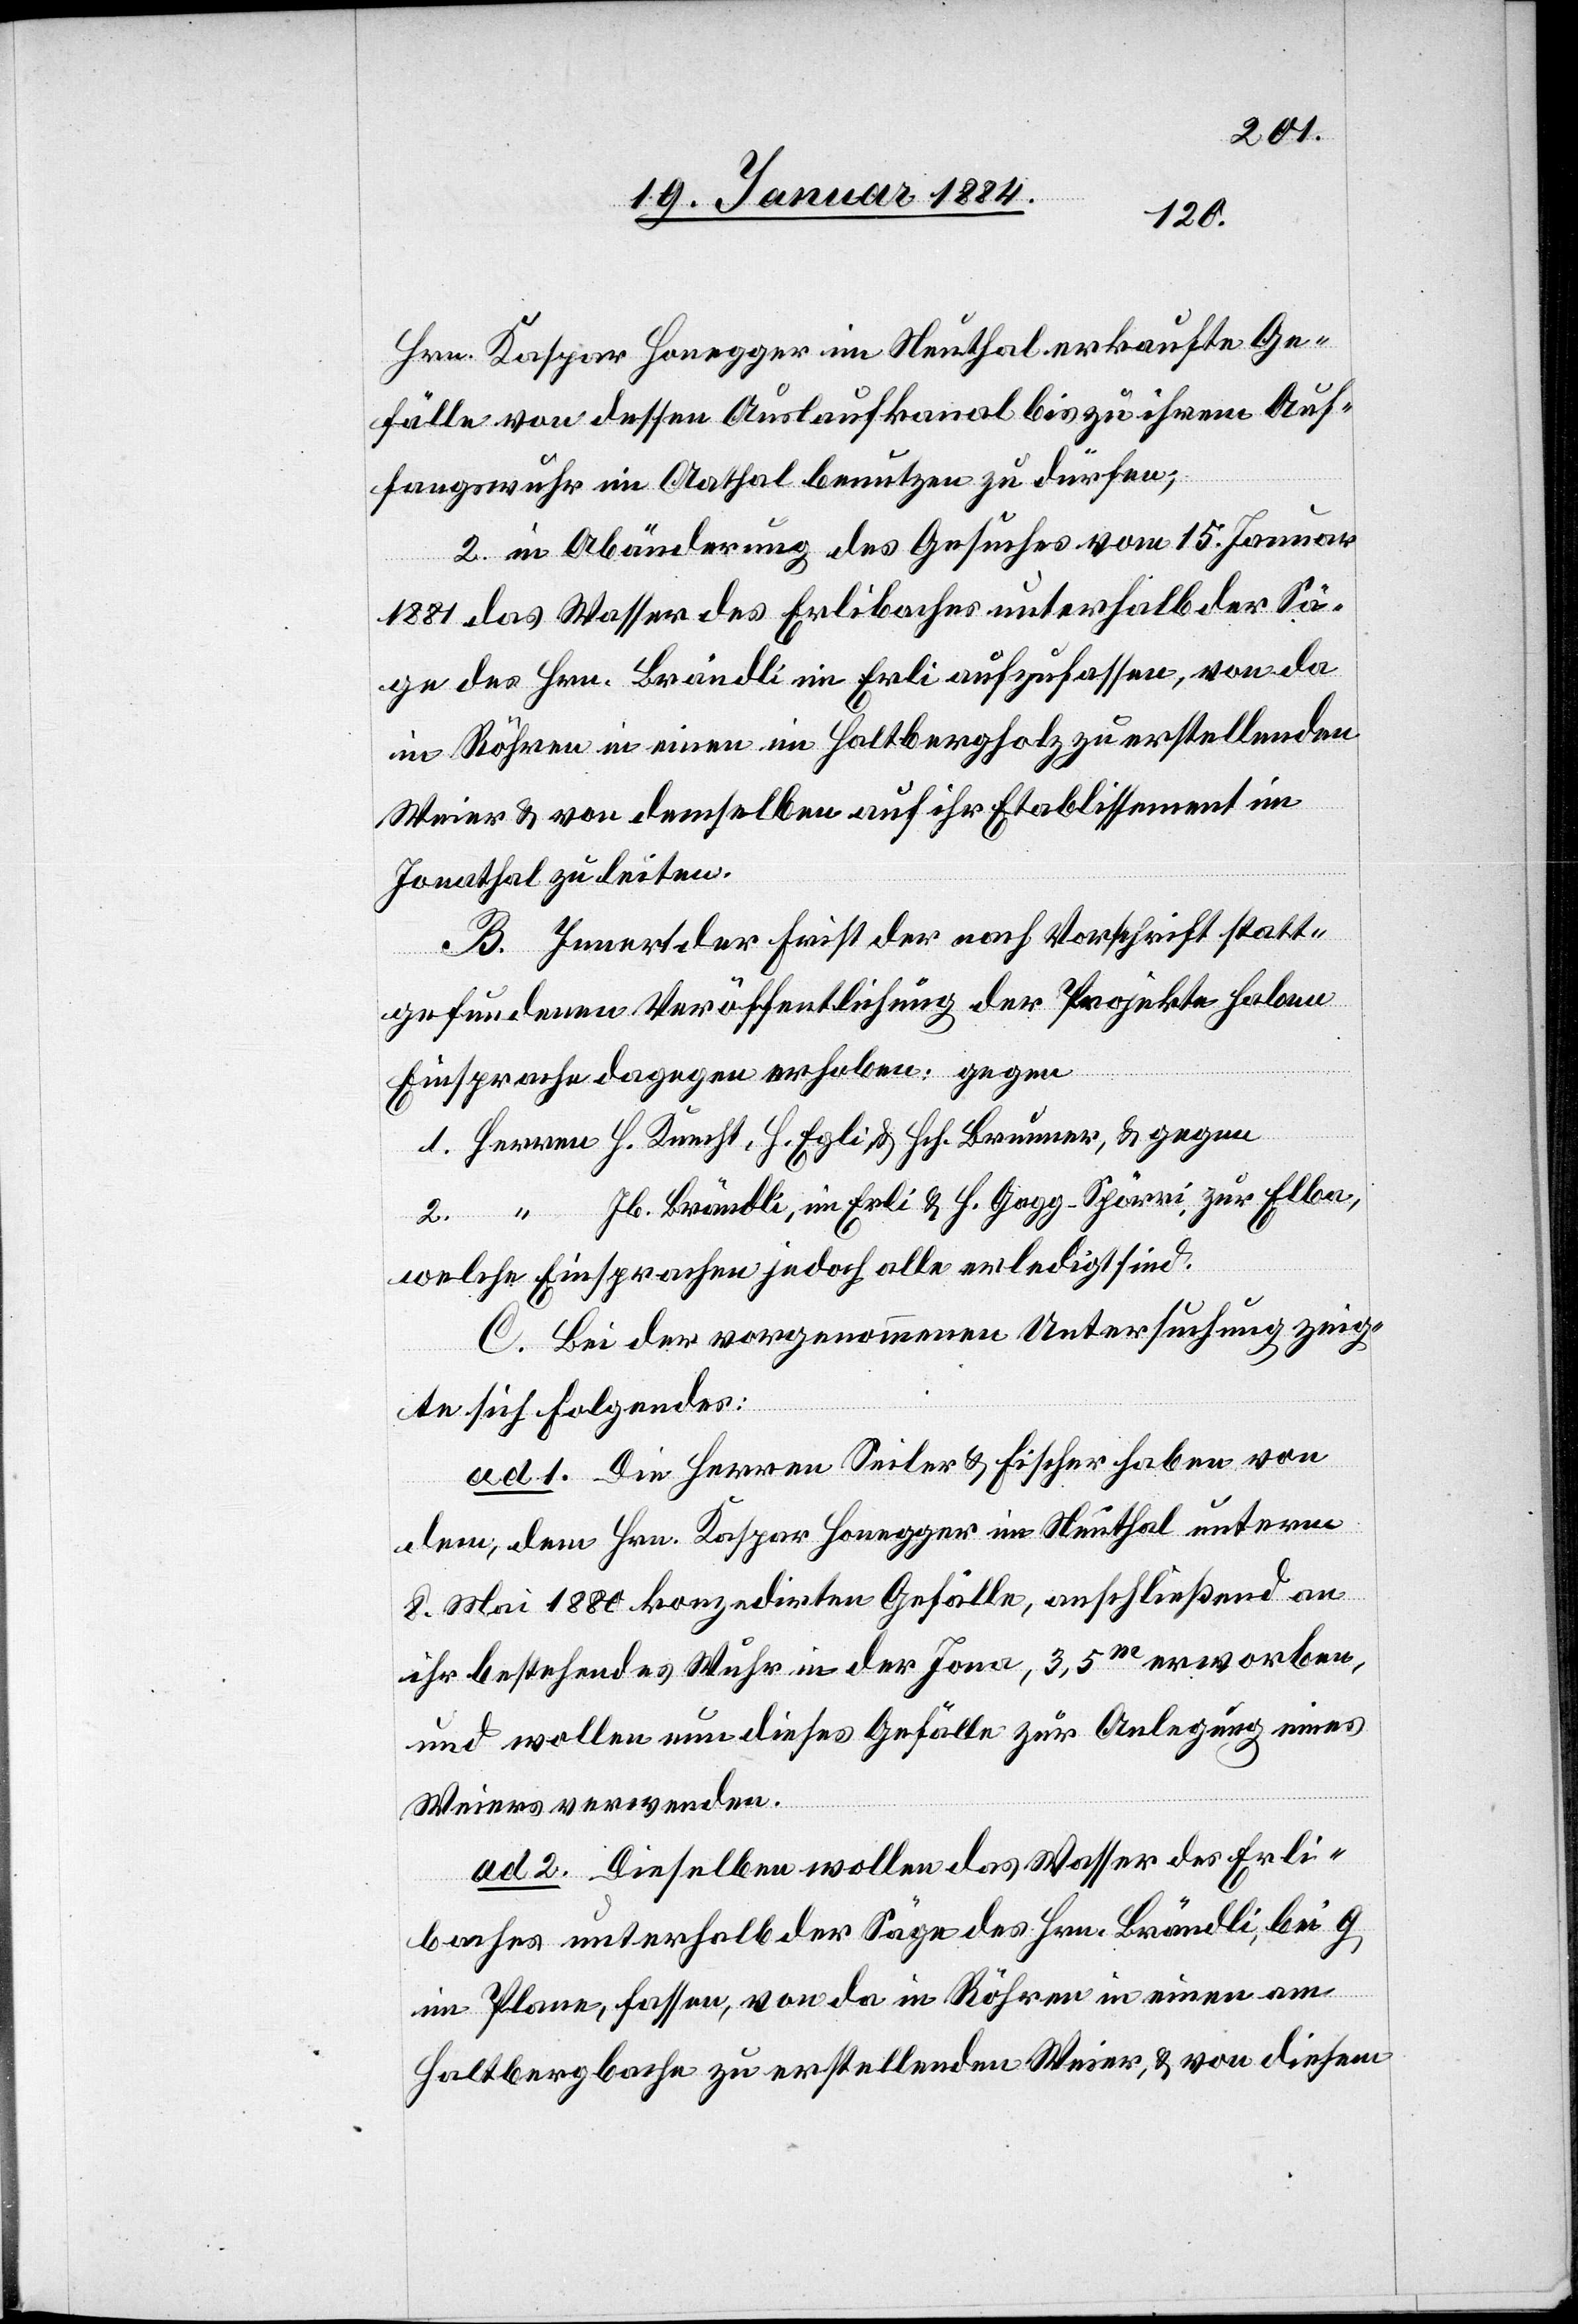
Hrn. Kaspar Honegger im Neuthal erkaufte Ge¬
fälle von dessen Auslaufkanal bis zu ihrem Auf¬
fangswuhr im Aathal benutzen zu dürfen;
2. In Abänderung des Gesuches vom 15. Januar
1881 das Wasser des Erlibaches unterhalb der Sä¬
ge des Hrn. Brändli im Erli aufzufassen, von da
in Röhren in einen im Haltbergholz zu erstellenden
Weier & von demselben auf ihr Etablissement im
Jonathal zu leiten.
B. Innert der Frist der nach Vorschrift statt¬
gefundenen Veröffentlichung der Projekte haben
Einsprachen dagegen erhoben gegen:
1. Herrn H. Knecht, H. Egli & Hch. Brunner, & gegen
2. “ Jb. Brändli, im Erli & H. Gagg-Spörri, zur Elba,
welche Einsprachen jedoch alle erledigt sind.
C. Bei der vorgenommenen Untersuchung zeig¬
te sich Folgendes:
ad 1. Die Herren Seiler & Fischer haben von
dem, dem Hrn. Kaspar Honegger im Neuthal unterm
8. Mai 1880 konzedirten Gefälle, anschließend an
ihr bestehendes Wuhr in der Jona, 3,5m erworben,
und wollen nun dieses Gefälle zur Anlegung eines
Weiers verwenden.
ad 2. Dieselben wollen das Wasser des Erli¬
baches unterhalb der Säge des Hrn. Brändli, bei G
im Plane, fassen, von da in Röhren in einen am
Haltbergbache zu erstellenden Weier, & von diesem